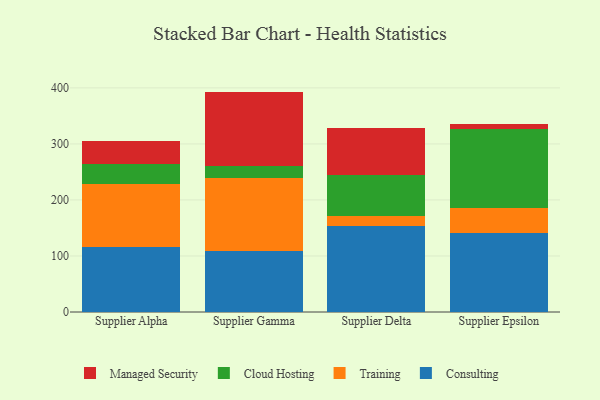
{"axis": {"x": "Supplier", "y": "Operating Costs (USD K)"}, "legend": ["Cloud Hosting", "Consulting", "Managed Security", "Training"], "data": [{"x": "Supplier Alpha", "y": 115.8, "type": "Consulting"}, {"x": "Supplier Alpha", "y": 112.8, "type": "Training"}, {"x": "Supplier Alpha", "y": 36.3, "type": "Cloud Hosting"}, {"x": "Supplier Alpha", "y": 41.2, "type": "Managed Security"}, {"x": "Supplier Gamma", "y": 108.7, "type": "Consulting"}, {"x": "Supplier Gamma", "y": 131.2, "type": "Training"}, {"x": "Supplier Gamma", "y": 20.7, "type": "Cloud Hosting"}, {"x": "Supplier Gamma", "y": 132.8, "type": "Managed Security"}, {"x": "Supplier Delta", "y": 153.0, "type": "Consulting"}, {"x": "Supplier Delta", "y": 18.8, "type": "Training"}, {"x": "Supplier Delta", "y": 71.9, "type": "Cloud Hosting"}, {"x": "Supplier Delta", "y": 85.0, "type": "Managed Security"}, {"x": "Supplier Epsilon", "y": 141.1, "type": "Consulting"}, {"x": "Supplier Epsilon", "y": 45.2, "type": "Training"}, {"x": "Supplier Epsilon", "y": 139.7, "type": "Cloud Hosting"}, {"x": "Supplier Epsilon", "y": 9.8, "type": "Managed Security"}]}